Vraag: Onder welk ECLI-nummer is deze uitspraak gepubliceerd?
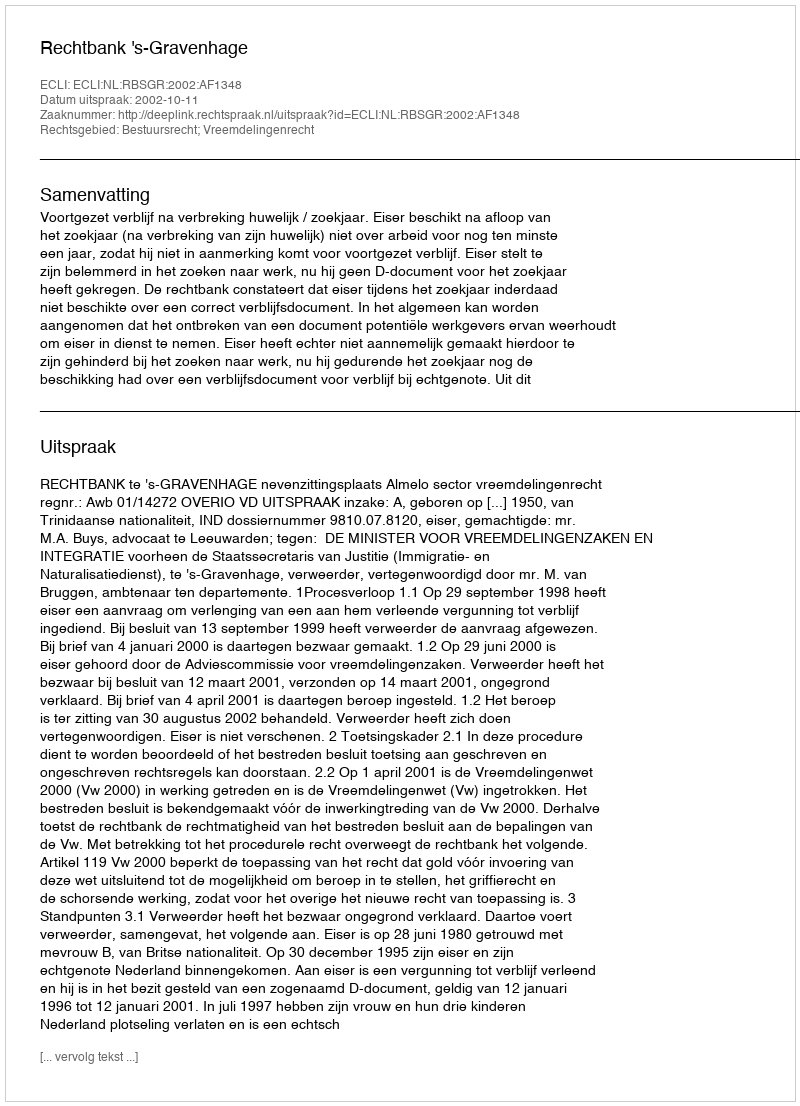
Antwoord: ECLI:NL:RBSGR:2002:AF1348